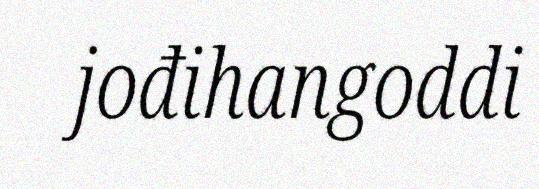
jođihangoddi